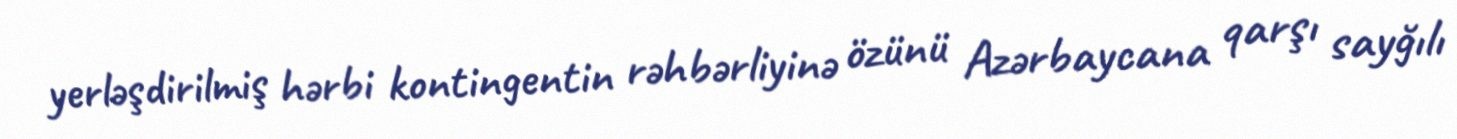
yerləşdirilmiş hərbi kontingentin rəhbərliyinə özünü Azərbaycana qarşı sayğılı